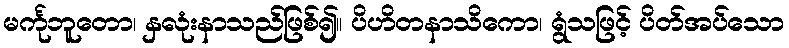
မင်္ကုဘူတော၊ နှလုံးနာသည်ဖြစ်၍။ ပိဟိတနာသိကော၊ ရွံသဖြင့် ပိတ်အပ်သော